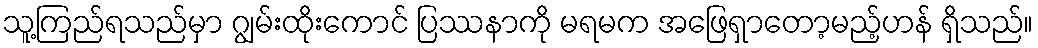
သူ့ကြည်ရသည်မှာ ဂျွမ်းထိုးကောင် ပြဿနာကို မရမက အဖြေရှာတော့မည့်ဟန် ရှိသည်။